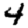
Digit: 4